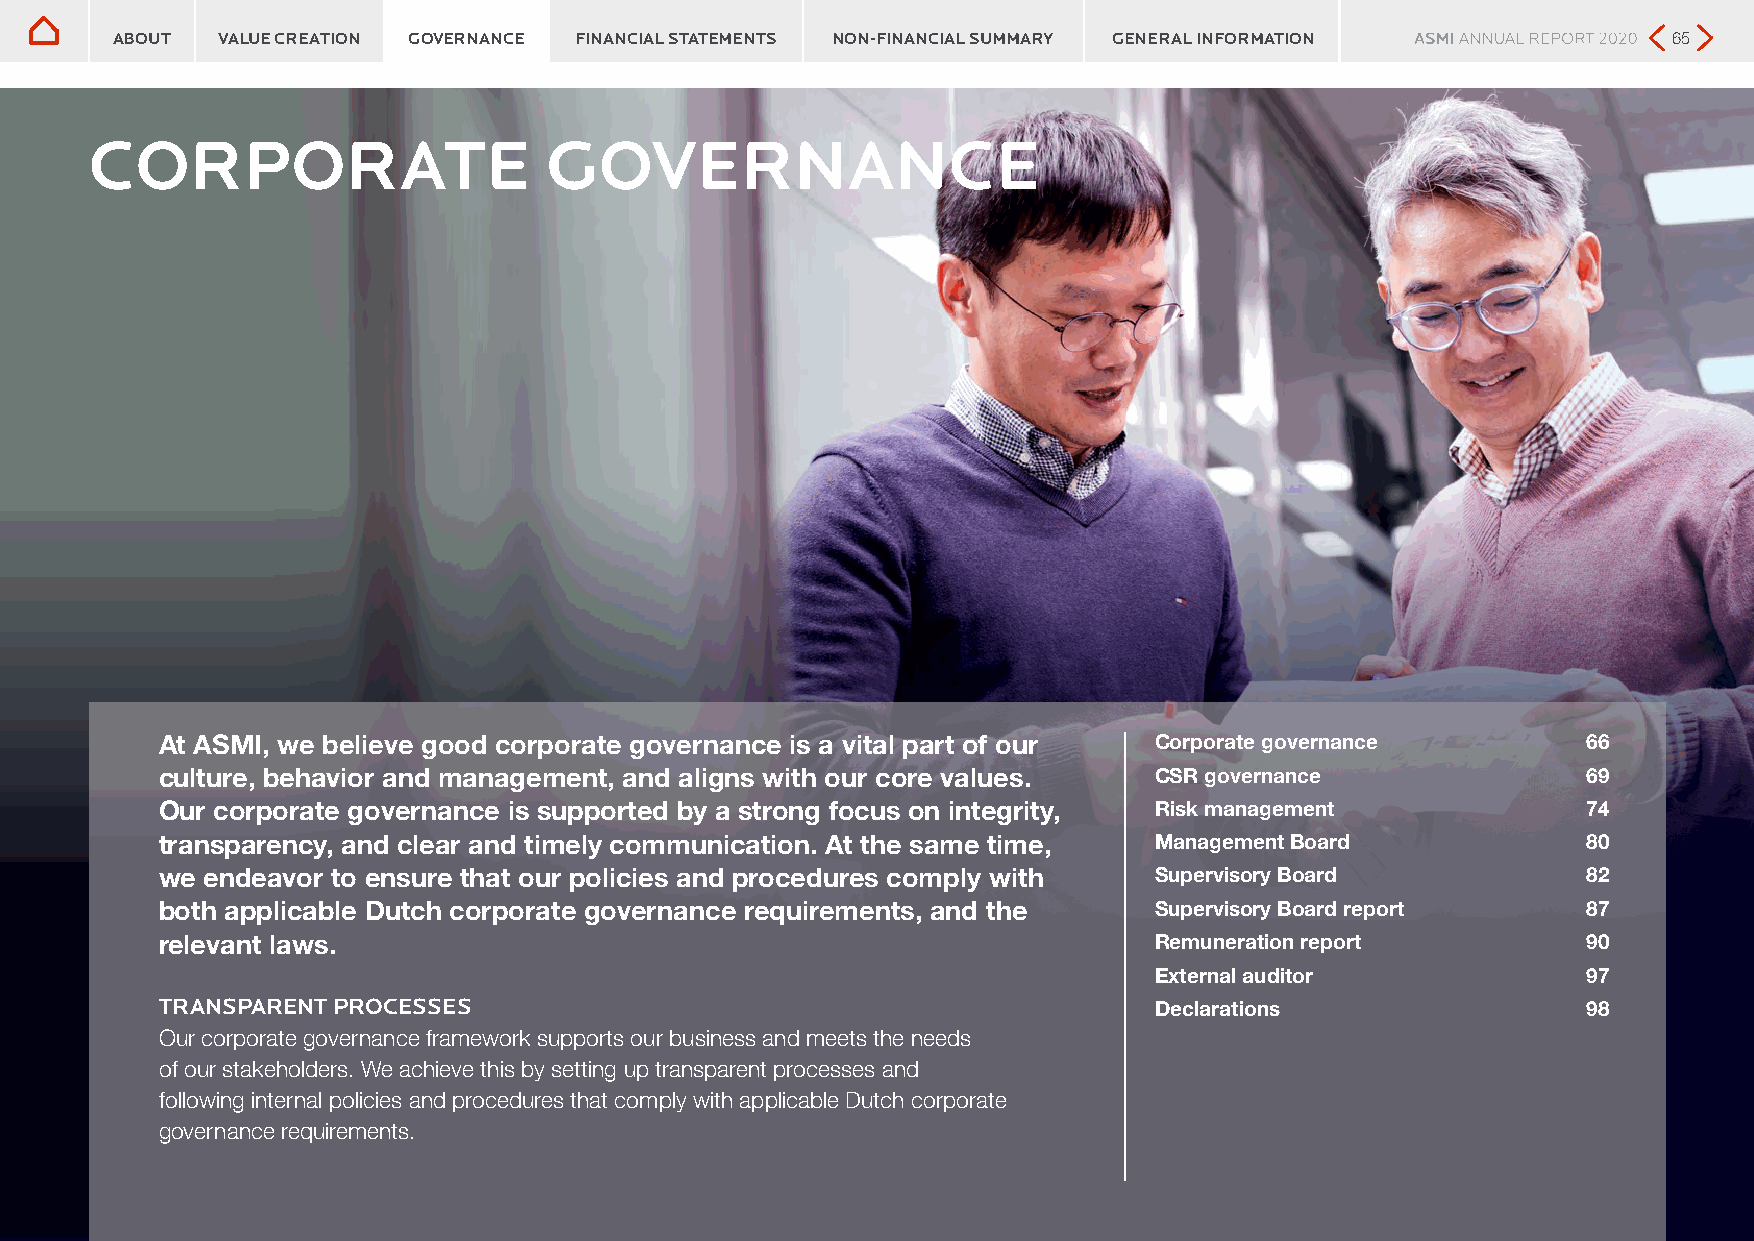
GOVERNANCE
 ABOUT  VALUE CREATION GOVERNANCE FINANCIAL STATEMENTS NON-FINANCIAL SUMMARY GENERAL INFORMATION         65
 CORPORATE                     GOVERNANCE
 At ASMI, we believe good corporate governance is a vital part of our Corporate governance     66
 culture, behavior and management, and aligns with our core values. CSR governance             69
 Our corporate governance is supported by a strong focus on integrity, Risk management         74
 transparency, and clear and timely communication. At the same time, Management Board          80
 we endeavor to ensure that our policies and procedures comply with Supervisory Board          82
 both applicable Dutch corporate governance requirements, and the Supervisory Board report     87
 relevant laws.                                                   Remuneration report          90
 External auditor             97
 TRANSPARENT PROCESSES                                            Declarations                 98
 Our corporate governance framework supports our business and meets the needs
 of our stakeholders. We achieve this by setting up transparent processes and
 following internal policies and procedures that comply with applicable Dutch corporate
 governance requirements.